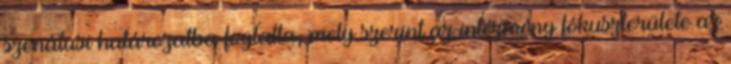
szenátusi határozatba foglalta, mely szerint az intézmény fókuszterülete az